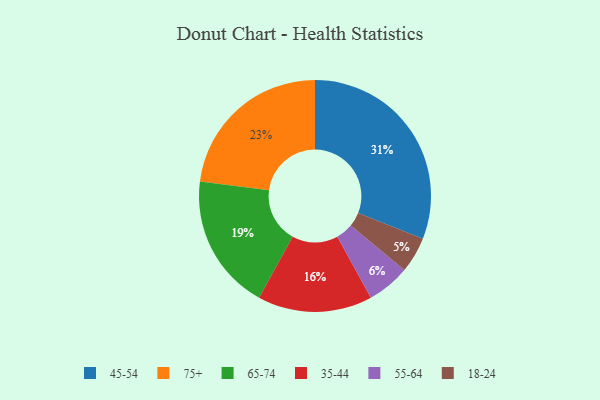
{"axis": {"x": "Category", "y": "Percentage"}, "legend": ["18-24", "35-44", "45-54", "55-64", "65-74", "75+"], "data": [{"x": "18-24", "y": 5, "type": "18-24"}, {"x": "75+", "y": 23, "type": "75+"}, {"x": "55-64", "y": 6, "type": "55-64"}, {"x": "45-54", "y": 31, "type": "45-54"}, {"x": "65-74", "y": 19, "type": "65-74"}, {"x": "35-44", "y": 16, "type": "35-44"}]}